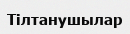
Тілтанушылар